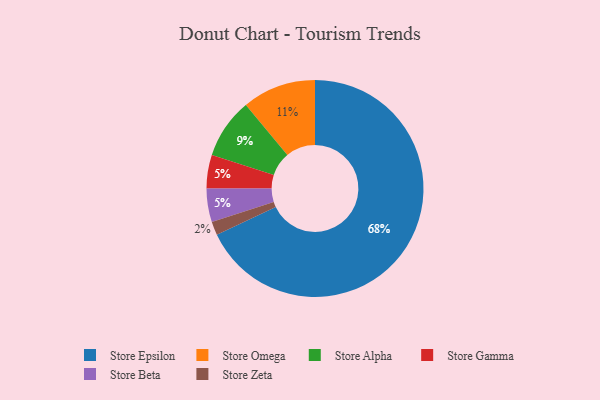
{"axis": {"x": "Category", "y": "Percentage"}, "legend": ["Store Alpha", "Store Beta", "Store Epsilon", "Store Gamma", "Store Omega", "Store Zeta"], "data": [{"x": "Store Zeta", "y": 2, "type": "Store Zeta"}, {"x": "Store Gamma", "y": 5, "type": "Store Gamma"}, {"x": "Store Beta", "y": 5, "type": "Store Beta"}, {"x": "Store Alpha", "y": 9, "type": "Store Alpha"}, {"x": "Store Epsilon", "y": 68, "type": "Store Epsilon"}, {"x": "Store Omega", "y": 11, "type": "Store Omega"}]}